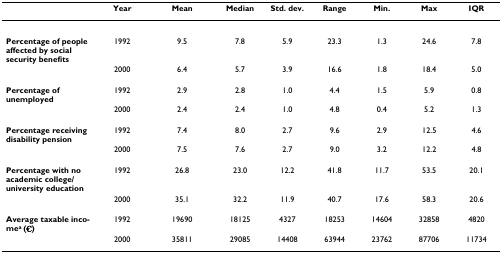
|  | Year | Mean | Median | Std. dev. | Range | Min. | Max | IQR |
 | --- | --- | --- | --- | --- | --- | --- | --- | --- |
 | Percentage of people affected by social security benefits | 1992 | 9.5 | 7.8 | 5.9 | 23.3 | 1.3 | 24.6 | 7.8 |
 |  | 2000 | 6.4 | 5.7 | 3.9 | 16.6 | 1.8 | 18.4 | 5.0 |
 | Percentage of unemployed | 1992 | 2.9 | 2.8 | 1.0 | 4.4 | 1.5 | 5.9 | 0.8 |
 |  | 2000 | 2.4 | 2.4 | 1.0 | 4.8 | 0.4 | 5.2 | 1.3 |
 | Percentage receiving disability pension | 1992 | 7.4 | 8.0 | 2.7 | 9.6 | 2.9 | 12.5 | 4.6 |
 |  | 2000 | 7.5 | 7.6 | 2.7 | 9.0 | 3.2 | 12.2 | 4.8 |
 | Percentage with no academic college/university education | 1992 | 26.8 | 23.0 | 12.2 | 41.8 | 11.7 | 53.5 | 20.1 |
 |  | 2000 | 35.1 | 32.2 | 11.9 | 40.7 | 17.6 | 58.3 | 20.6 |
 | Average taxable incomea (€) | 1992 | 19690 | 18125 | 4327 | 18253 | 14604 | 32858 | 4820 |
 |  | 2000 | 35811 | 29085 | 14408 | 63944 | 23762 | 87706 | 11734 |